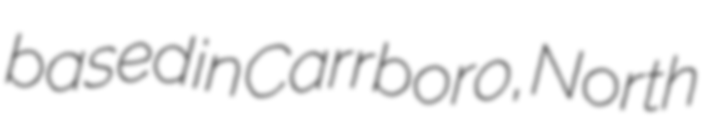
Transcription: based in Carrboro, North